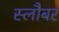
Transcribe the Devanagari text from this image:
स्लौबर